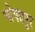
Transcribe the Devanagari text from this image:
भोपतपुर